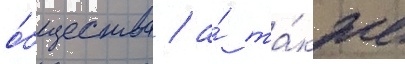
о́бщества / а́ та́кже